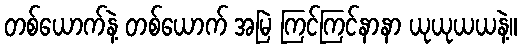
တစ်ယောက်နဲ့ တစ်ယောက် အမြဲ ကြင်ကြင်နာနာ ယုယုယယနဲ့။